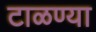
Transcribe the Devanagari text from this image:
टाळण्या